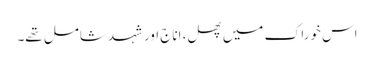
اس خوراک میں پھل، اناج اور شہد شامل تھے۔